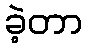
ခဲ့တာ